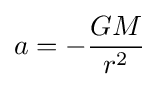
a=-{\frac {GM}{r^{2}}}